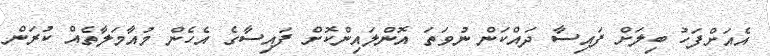
އެއަށްފަހު ބިލަށް ފައިސާ ދައްކަން ނުވަތަ އޮންލައިންކޮށް ފައިސާގެ އެހެން މުއާމަލާތެއް ކުރަން